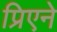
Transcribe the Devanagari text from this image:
प्रिएने